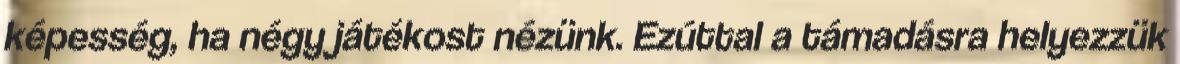
képesség, ha négy játékost nézünk. Ezúttal a támadásra helyezzük